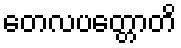
တေလပတ္တောတိ